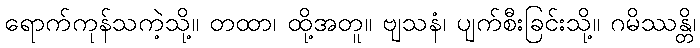
ရောက်ကုန်သကဲ့သို့။ တထာ၊ ထို့အတူ။ ဗျသနံ၊ ပျက်စီးခြင်းသို့။ ဂမိဿန္တိ၊